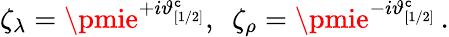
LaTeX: \zeta_{\lambda}=\pmie^{+i\vartheta_{[1/2]}^{\mathtt{c}}},\, \, \, \zeta_{\rho}=\pmie^{-i\vartheta_{[1/2]}^{\mathtt{c}}}\, .